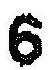
6